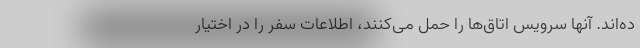
ده‌اند. آنها سرویس اتاق‌ها را حمل می‌کنند، اطلاعات سفر را در اختیار